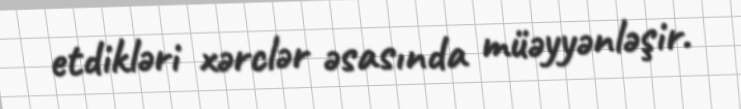
etdikləri xərclər əsasında müəyyənləşir.